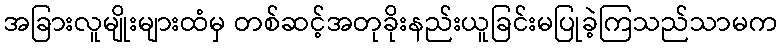
အခြားလူမျိုးများထံမှ တစ်ဆင့်အတုခိုးနည်းယူခြင်းမပြုခဲ့ကြသည်သာမက